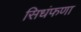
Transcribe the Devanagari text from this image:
सिधंफणा